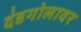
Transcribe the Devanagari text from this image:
दंडगोलावर